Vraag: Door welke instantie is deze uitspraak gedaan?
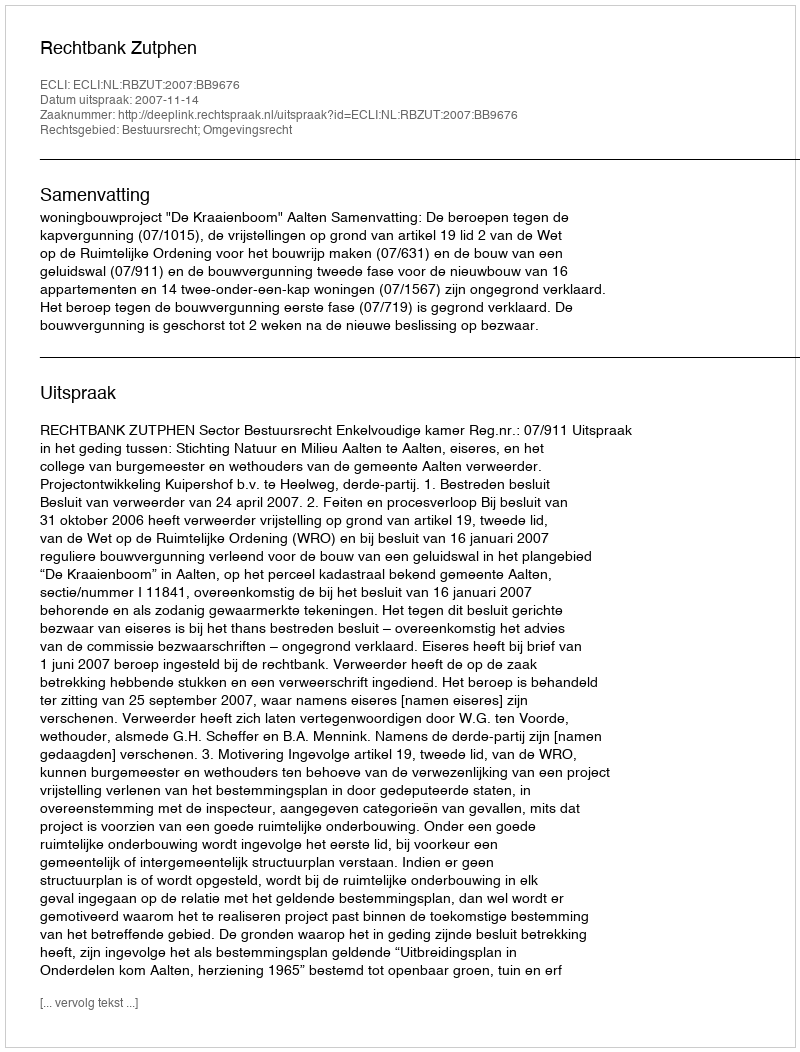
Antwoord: Rechtbank Zutphen